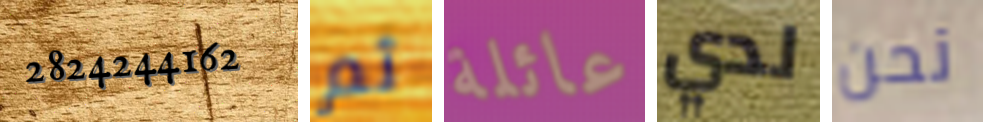
2824244162 ثم عائلة لدي نحن